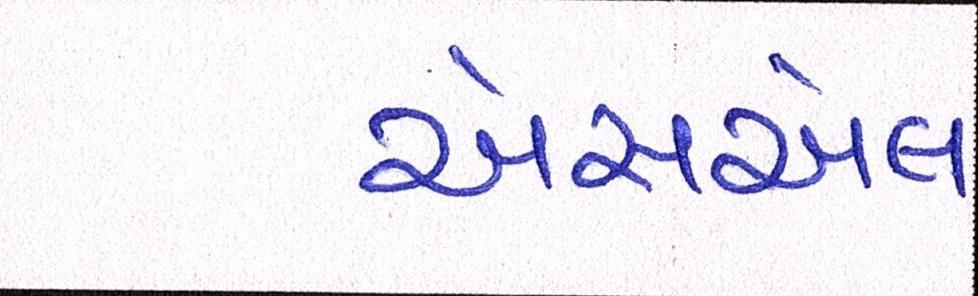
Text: એસએલ